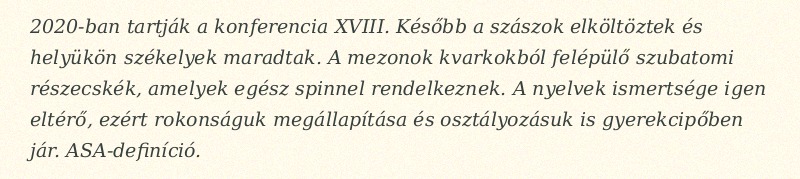
2020-ban tartják a konferencia XVIII. Később a szászok elköltöztek és helyükön székelyek maradtak. A mezonok kvarkokból felépülő szubatomi részecskék, amelyek egész spinnel rendelkeznek. A nyelvek ismertsége igen eltérő, ezért rokonságuk megállapítása és osztályozásuk is gyerekcipőben jár. ASA-definíció.